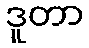
ဒူတာ